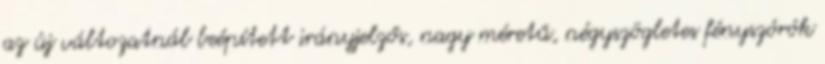
az új változatnál beépített irányjelzős, nagy méretű, négyszögletes fényszórók